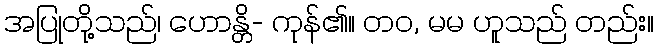
အပြုတို့သည်၊ ဟောန္တိ- ကုန်၏။ တဝ, မမ ဟူသည် တည်း။